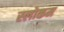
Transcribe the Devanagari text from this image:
स्‍लोकम